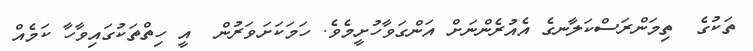
ތަކުގެ  ތިމަންރަސްކަލާނގެ އެއުރެންނަށް އަންގަވާހުށީމެވެ. ހަމަކަށަވަރުން  އީ ހިތްތަކުގައިވާހާ ކަމެއް